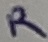
Text: R